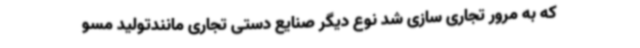
که به مرور تجاری سازی شد نوع دیگر صنایع دستی تجاری مانندتولید مسو